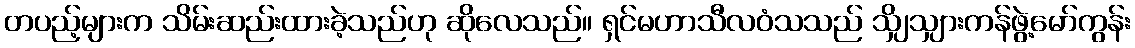
တပည့်များက သိမ်းဆည်းထားခဲ့သည်ဟု ဆိုလေသည်။ ရှင်မဟာသီလဝံသသည် သျှိသျှားကန်ဖွဲ့မော်ကွန်း